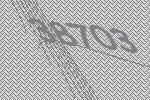
38703